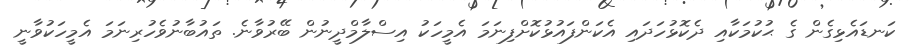
ކަނޑައެޅިގެން ގެ ޙުކުމަކާއި ދެކޮޅުހަދައި އެކަންފައުޅުކޮށްފިނަމަ އެމީހަކު އިސްލާމްދީނުން ބޭރުވާނެ. ތައުބާނުވެހުރިނަމަ އެމީހަކުވާނީ